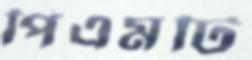
পিএমটি